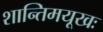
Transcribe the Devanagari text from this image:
शान्तिमयूखः